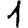
Digit: 1